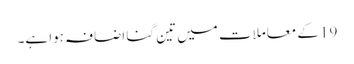
19 کے معاملات میں تین گنا اضافہ ہوا ہے۔